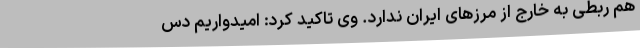
هم ربطی به خارج از مرزهای ایران ندارد. وی تاکید کرد: امیدواریم دس